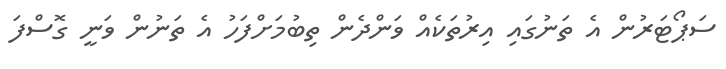
ސަޕޯޓަރުން އެ ތަނުގައި އިރުތަކެއް ވަންދެން ތިބުމަށްފަހު އެ ތަނުން ވަނީ ގޮސްފަ